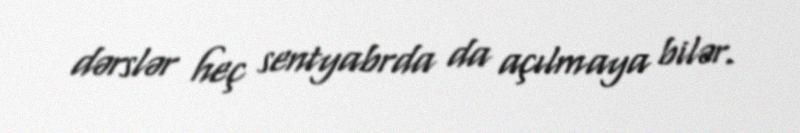
dərslər heç sentyabrda da açılmaya bilər.